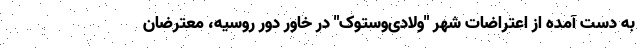
به دست آمده از اعتراضات شهر "ولادی‌وستوک" در خاور دور روسیه، معترضان